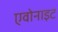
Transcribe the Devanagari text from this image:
एवोनाइट